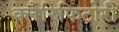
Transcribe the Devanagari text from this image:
क्लैरिफिटोरी